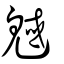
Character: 魊